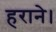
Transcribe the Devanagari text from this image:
हराने।